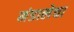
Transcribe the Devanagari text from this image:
मंडालेचा